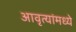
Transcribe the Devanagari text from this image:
आवृत्यांमध्ये